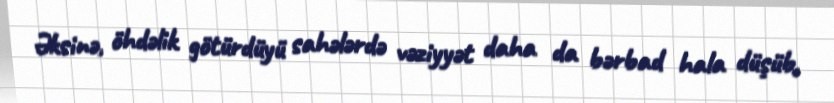
Əksinə, öhdəlik götürdüyü sahələrdə vəziyyət daha da bərbad hala düşüb,